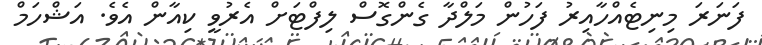
ފަނަރަ މިނިޓެއްހާއިރު ފަހުން މަލްދާ ގެންގޮސް ލިފްޓަށް އެރުވީ ކިއާން އެވެ. އަޝްހަމް